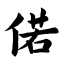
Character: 偌